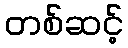
တစ်ဆင့်